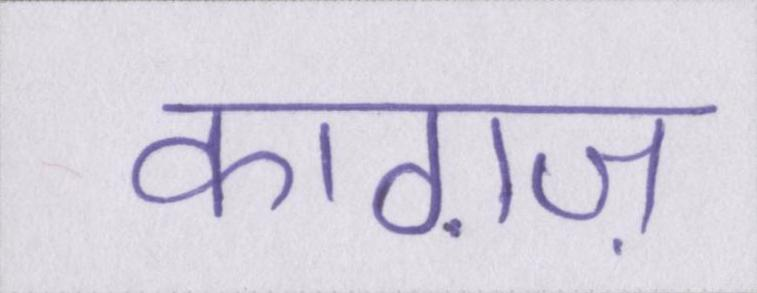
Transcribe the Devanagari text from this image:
काग़ज़